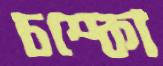
চম্‌কো